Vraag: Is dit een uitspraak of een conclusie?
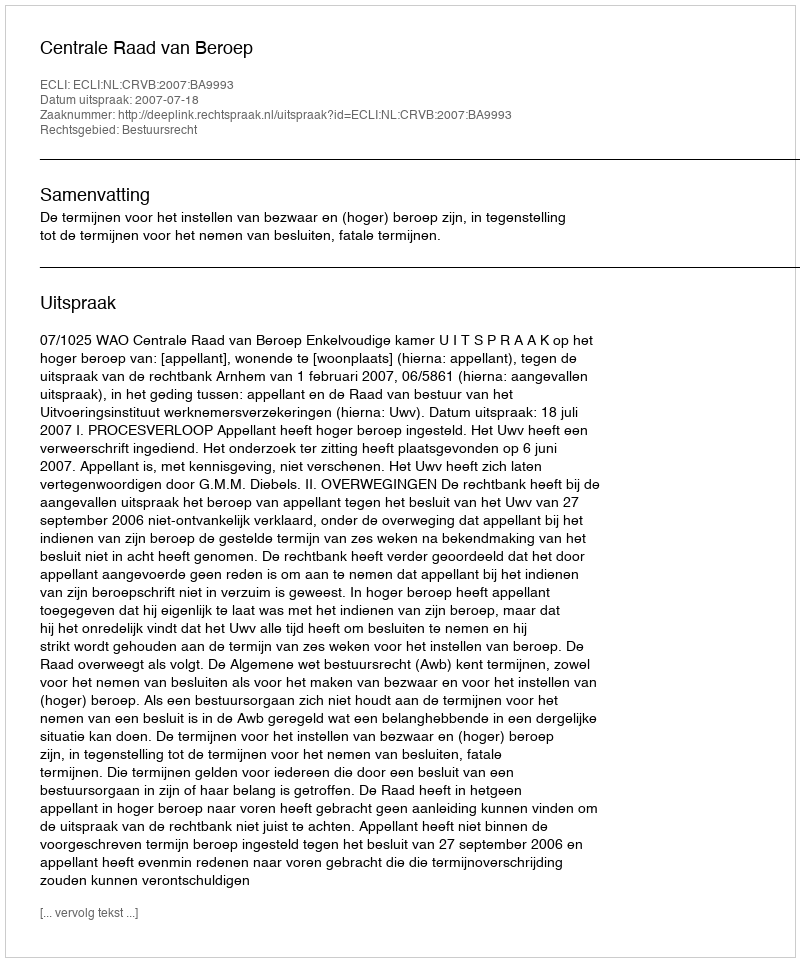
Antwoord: Uitspraak